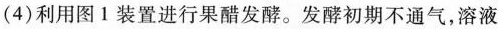
(4)利用图1装置进行果醋发酵。发酵初期不通气，溶液